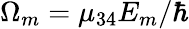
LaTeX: {\Omega_{m}}={\mu_{34}}{E_{m}}/\hbar